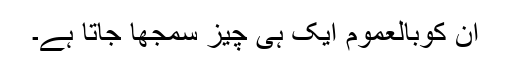
ان کوبالعموم ایک ہی چیز سمجھا جاتا ہے۔